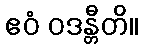
ဧဝံ ဝဒန္တီတိ။